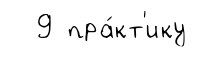
9 пра́кт'ику